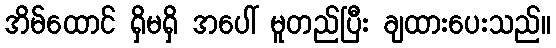
အိမ်ထောင် ရှိမရှိ အပေါ် မူတည်ပြီး ချထားပေးသည်။